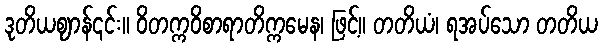
ဒုတိယဈာန်၎င်း။ ဝိတက္ကဝိစာရာတိက္ကမေန၊ ဖြင့်။ တတိယံ၊ ရအပ်သော တတိယ